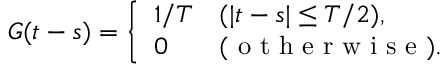
G ( t - s ) = \left\{ { \begin{array} { l l } { 1 / T } & { ( | t - s | \le T / 2 ) , } \\ { 0 } & { ( \mathrm { ~ o ~ t ~ h ~ e ~ r ~ w ~ i ~ s ~ e ~ } ) . } \end{array} } \right.